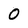
Character: 0